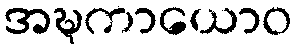
အဍ္ဎကာယောဝ